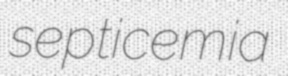
septicemia